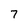
Character: 7